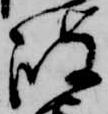
岐